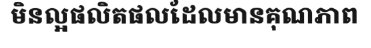
មិនល្អផលិតផលដែលមានគុណភាព